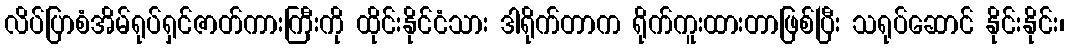
လိပ်ပြာစံအိမ်ရုပ်ရှင်ဇာတ်ကားကြီးကို ထိုင်းနိုင်ငံသား ဒါရိုက်တာက ရိုက်ကူးထားတာဖြစ်ပြီး သရုပ်ဆောင် နိုင်းနိုင်း၊